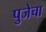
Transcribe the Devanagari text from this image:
पुजेचा